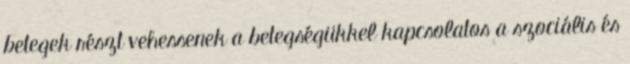
betegek részt vehessenek a betegségükkel kapcsolatos a szociális és